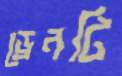
ড্রেনটি